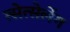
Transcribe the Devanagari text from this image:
त्सेत्सेर्लेग